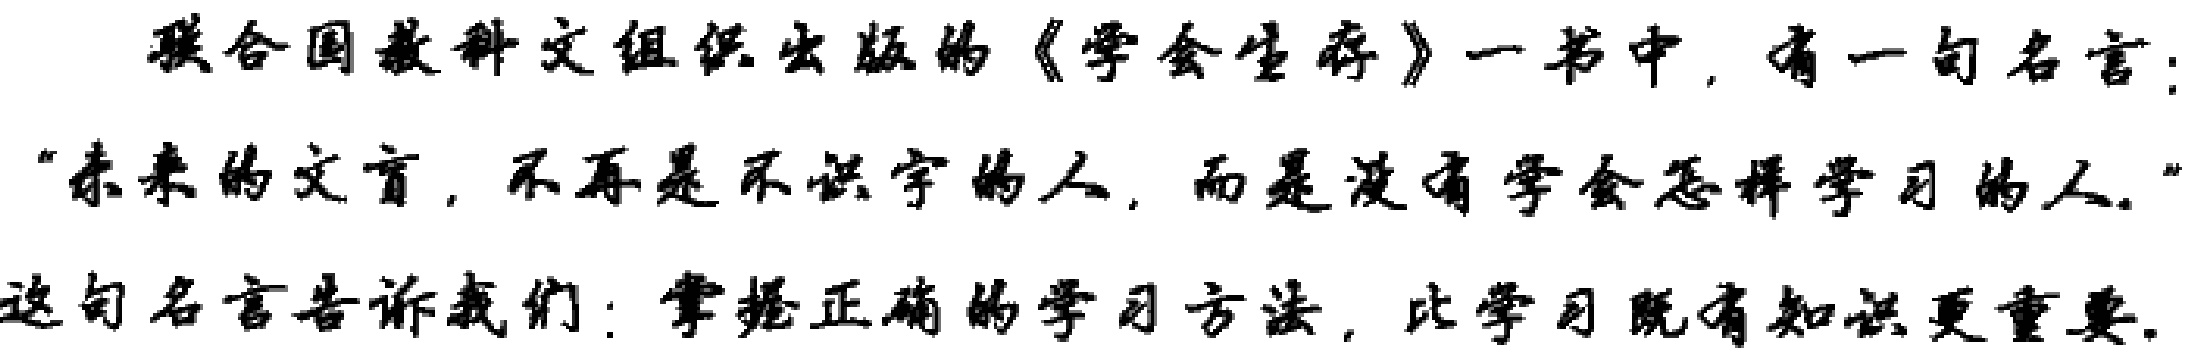
联合国教科文组织出版的《学会生存》一书中，有一句名言：“未来的文盲，不再是不识字的人，而是没有学会怎样学习的人。”这句名言告诉我们：掌握正确的学习方法，比学习既有知识更重要。